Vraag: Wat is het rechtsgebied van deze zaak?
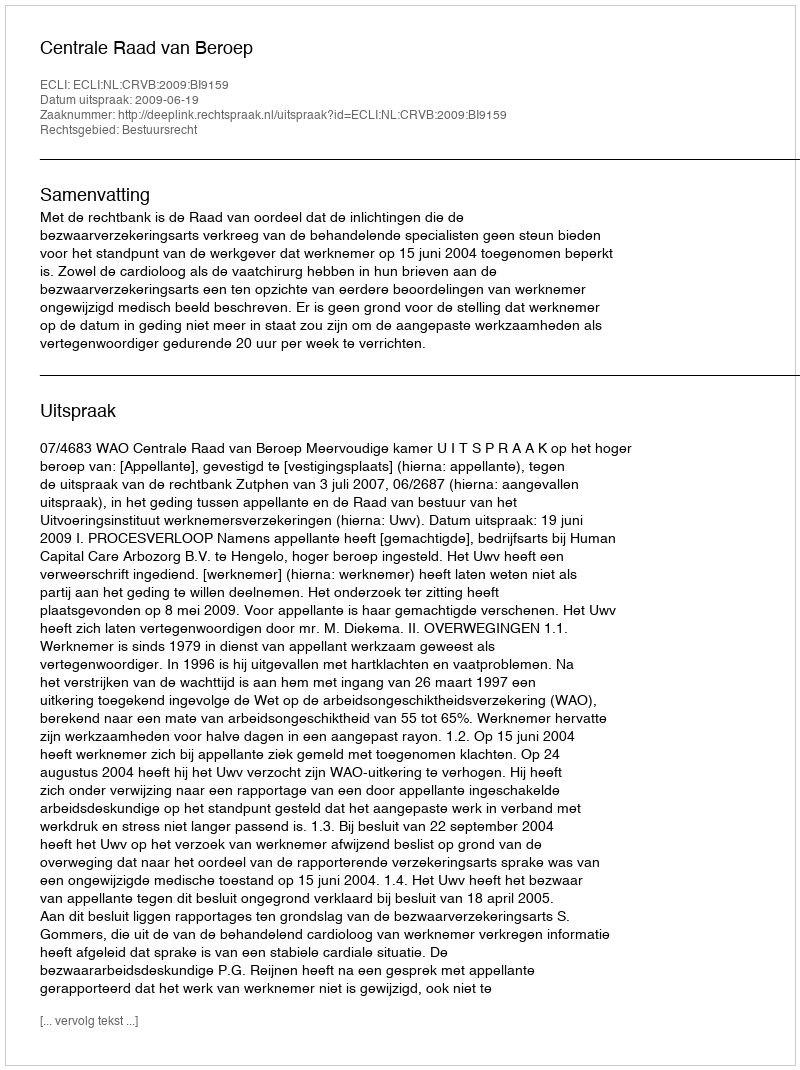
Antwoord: Bestuursrecht